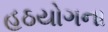
હઠયોગના